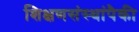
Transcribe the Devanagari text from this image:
शिक्षणसंस्थांपैकी